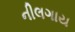
નીલગાય